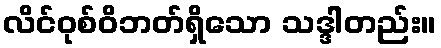
လိင်ဝုစ်ဝိဘတ်ရှိသော သဒ္ဒါတည်း။